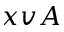
x v A